Annual administration report of the Civil Veterinary Department of India - 1895-1896
Year: 1895
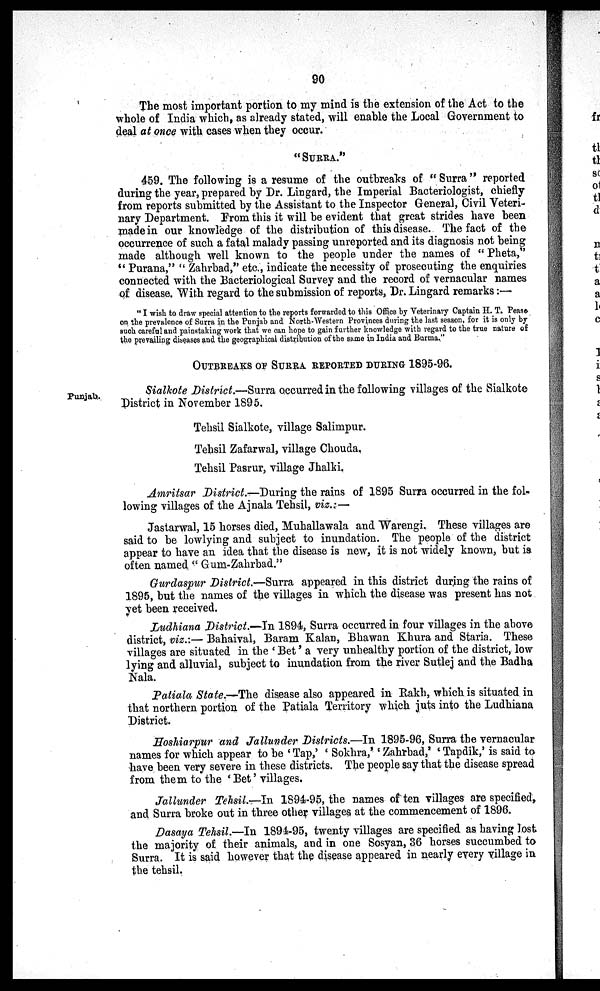
90
The most important portion to my mind is the extension of the Act to the
whole of India which, as already stated, will enable the Local Government to
deal at once with cases when they occur.
"SURRA."
459. The following is a resume of the outbreaks of " Surra" reported
during the year, prepared by Dr. Lingard, the Imperial Bacteriologist, chiefly
from reports submitted by the Assistant to the Inspector General, Civil Veteri-
nary Department.From this it will be evident that great strides have been
made in our knowledge of the distribution of this disease. The fact of the
occurrence of such a fatal malady passing unreported and its diagnosis not being
made although well known to the people under the names of " Pheta"
" Purana," " Zahrbad," etc., indicate the necessity of prosecuting the enquiries
connected with the Bacteriological Survey and the record of vernacular names
of disease. With regard to the submission of reports, Dr. Lingard remarks:—
" I wish to draw special attention to the reports forwarded to this Office by Veterinary Captain H. T. Pease
on the prevalence of Surra in the Punjab and North-Western Provinces during the last season, for it is only by
such careful and painstaking work that we can hope to gain further knowledge with regard to the true nature of
the prevailing diseases and the geographical distribution of the same in India and Burma."
OUTBREAKS OF SURRA REPORTED DURING 1895-96.
Punjab.
Sialkote District.—Surra occurred in the following villages of the Sialkote
District in November 1895.
Tehsil Sialkote, village Salimpur.
Tehsil Zafarwal, village Chouda.
Tehsil Pasrur, village Jhalki.
Amritsar District.—During the rains of 1895 Surra occurred in the fol-
lowing villages of the Ajnala Tehsil, viz.:—
Jastarwal, 15 horses died, Muhallawala and Warengi. These villages are
said to be lowlying and subject to inundation. The people of the district
appear to have an idea that the disease is new, it is not widely known, but is
often named " Gum-Zahrbad."
Gurdaspur District.—Surra appeared in this district during the rains of
1895, but the names of the villages in which the disease was present has not
yet been received.
Ludhiana District.—In 1894, Surra occurred in four villages in the above
district, viz.:— Bahaival, Baram Kalan, Bhawan Khura and Staria. These
villages are situated in the 'Bet' a very unhealthy portion of the district, low
lying and alluvial, subject to inundation from the river Sutlej and the Badha
Nala.
Patiala State.—The disease also appeared in Rakh, which is situated in
that northern portion of the Patiala Territory which juts into the Ludhiana
District.
Hoshiarpur and Jallunder Districts.—In 1895-96, Surra the vernacular
names for which appear to be 'Tap,' 'Sokhra,' 'Zahrbad,' 'Tapdik,' is said to
have been very severe in these districts. The people say that the disease spread
from them to the 'Bet' villages.
Jallunder Tehsil.—In 1894-95, the names of ten villages are specified,
and Surra broke out in three other villages at the commencement of 1896.
Dasaya Tehsil.—In 1894-95, twenty villages are specified as having lost
the majority of their animals, and in one Sosyan, 36 horses succumbed to
Surra. It is said however that the disease appeared in nearly every village in
the tehsil.